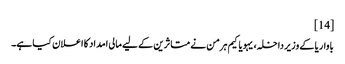
[14]
باواریا کے وزیر داخلہ، یہویاکیم ہرمن نے متاثرین کے لیے مالی امداد کا اعلان کیا ہے۔